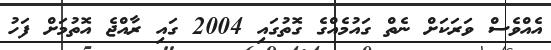
އެއްވެސް ވަރަކަށް ނެތް ގައުމެއްގެ ގޮތުގައި 2004 ގައި ރާއްޖެ އޮތުމަށް ފަހު